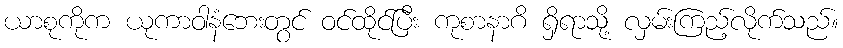
ယာစုကိုက ယုကာဝါနံဘေးတွင် ဝင်ထိုင်ပြီး ကုစာနာဂိ ရှိရာသို့ လှမ်းကြည့်လိုက်သည်။